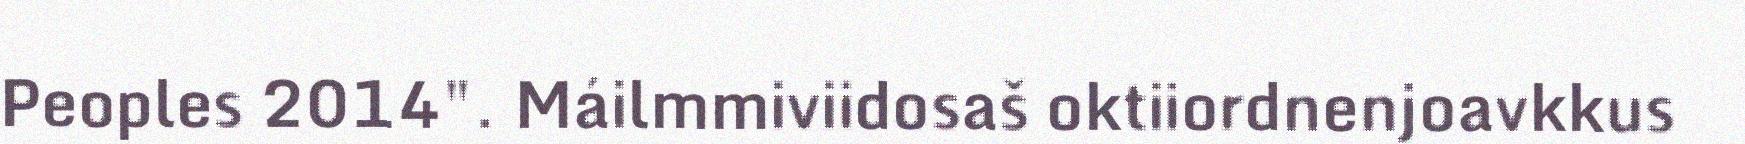
Peoples 2014". Máilmmiviidosaš oktiiordnenjoavkkus